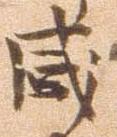
感